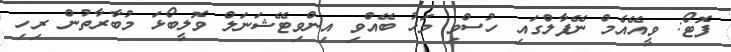
ފޮޓޯ: ވީއޭއެމް ނޭޕާލްގައި ހުސްވި މަހު ބޭއްވި އިންވިޓޭޝަނަލް ވޮލީބޯޅަ މުބާރާތުން ރިހި